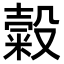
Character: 糓